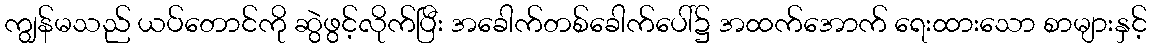
ကျွန်မသည် ယပ်တောင်ကို ဆွဲဖွင့်လိုက်ပြီး အခေါက်တစ်ခေါက်ပေါ်၌ အထက်အောက် ရေးထားသော စာများနှင့်